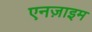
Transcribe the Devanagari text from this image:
एनज़ाइम